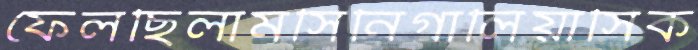
ফেলছিলামসিনিগালিয়াসিক